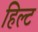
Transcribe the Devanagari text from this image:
हिल्ट